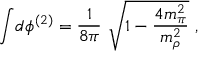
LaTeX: \int \! d \phi ^ { ( 2 ) } = \frac { 1 } { 8 \pi } \ \sqrt { 1 - \frac { 4 m _ { \pi } ^ { 2 } } { m _ { \rho } ^ { 2 } } } \ ,